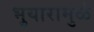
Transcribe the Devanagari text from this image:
भुयारामुळे